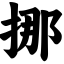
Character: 挪